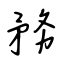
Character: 務